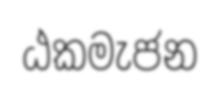
ඨකමැජන